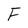
Character: F